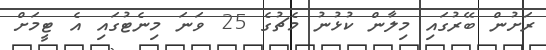
ރަށުން ބޭރުގައި މިލާން ކުޅުނު މެޗުގެ 25 ވަނަ މިނެޓުގައި އެ ޓީމަށް